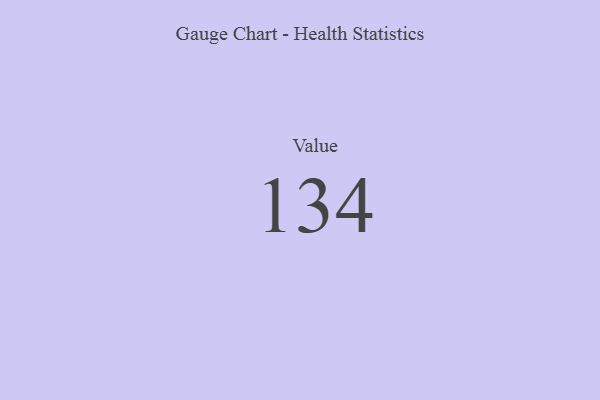
{"axis": {"x": "Metric", "y": "Value"}, "legend": [""], "data": [{"x": "Value", "y": 134, "type": ""}]}